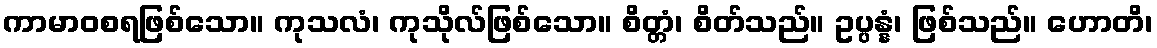
ကာမာဝစရဖြစ်သော။ ကုသလံ၊ ကုသိုလ်ဖြစ်သော။ စိတ္တံ၊ စိတ်သည်။ ဥပ္ပန္နံ၊ ဖြစ်သည်။ ဟောတိ၊